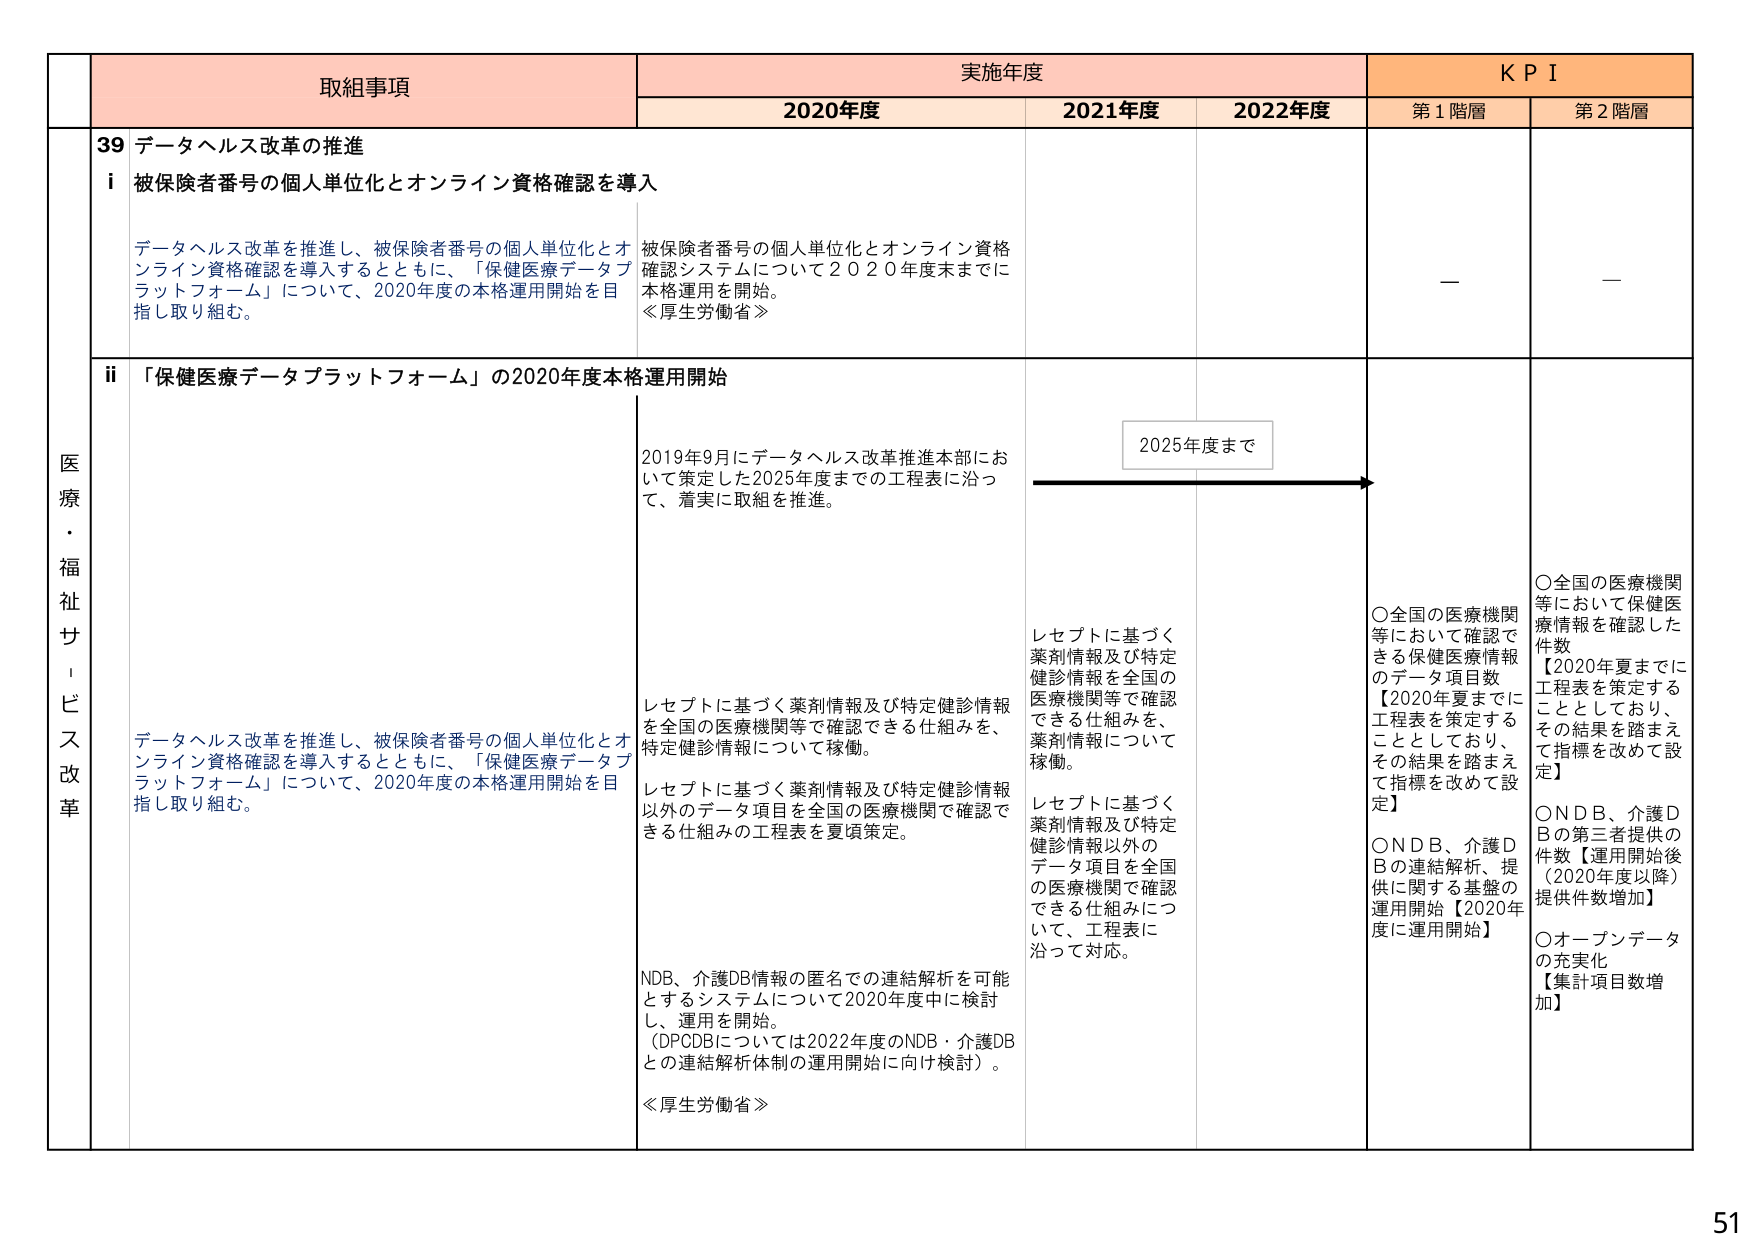
医療・福祉サービス改革

取組事項
実施年度
KPI

2020年度
2021年度
2022年度
第1階層
第2階層

39 データヘルス改革の推進

i 被保険者番号の個人単位化とオンライン資格確認を導入

データヘルス改革を推進し、被保険者番号の個人単位化とオンライン資格確認を導入するとともに、「保健医療データプラットフォーム」について、2020年度の本格運用開始を目指し取り組む。

被保険者番号の個人単位化とオンライン資格確認システムについて2020年度末までに本格運用を開始。
≪厚生労働省≫

—

—

ii 「保健医療データプラットフォーム」の2020年度本格運用開始

データヘルス改革を推進し、被保険者番号の個人単位化とオンライン資格確認を導入するとともに、「保健医療データプラットフォーム」について、2020年度の本格運用開始を目指し取り組む。

2019年9月にデータヘルス改革推進本部において策定した2025年度までの工程表に沿って、着実に取組を推進。

レセプトに基づく薬剤情報及び特定健診情報を全国の医療機関等で確認できる仕組みを、特定健診情報について稼働。

レセプトに基づく薬剤情報及び特定健診情報以外のデータ項目を全国の医療機関で確認できる仕組みの工程表を夏頃策定。

NDB、介護DB情報の匿名での連結解析を可能とするシステムについて2020年度中に検討し、運用を開始。
（DPCDBについては2022年度のNDB・介護DBとの連結解析体制の運用開始に向け検討）。
≪厚生労働省≫

レセプトに基づく薬剤情報及び特定健診情報を全国の医療機関等で確認できる仕組みを、薬剤情報について稼働。

レセプトに基づく薬剤情報及び特定健診情報以外のデータ項目を全国の医療機関で確認できる仕組みについて、工程表に沿って対応。

2025年度まで

○全国の医療機関等において確認できる保健医療情報のデータ項目数
【2020年夏までに工程表を策定することとしており、その結果を踏まえて指標を改めて設定】

○NDB、介護DBの連結解析、提供に関する基盤の運用開始【2020年度に運用開始】

○全国の医療機関等において保健医療情報を確認した件数
【2020年夏までに工程表を策定することとしており、その結果を踏まえて指標を改めて設定】

○NDB、介護DBの第三者提供の件数【運用開始後（2020年度以降）提供件数増加】

○オープンデータの充実化
【集計項目数増加】

51